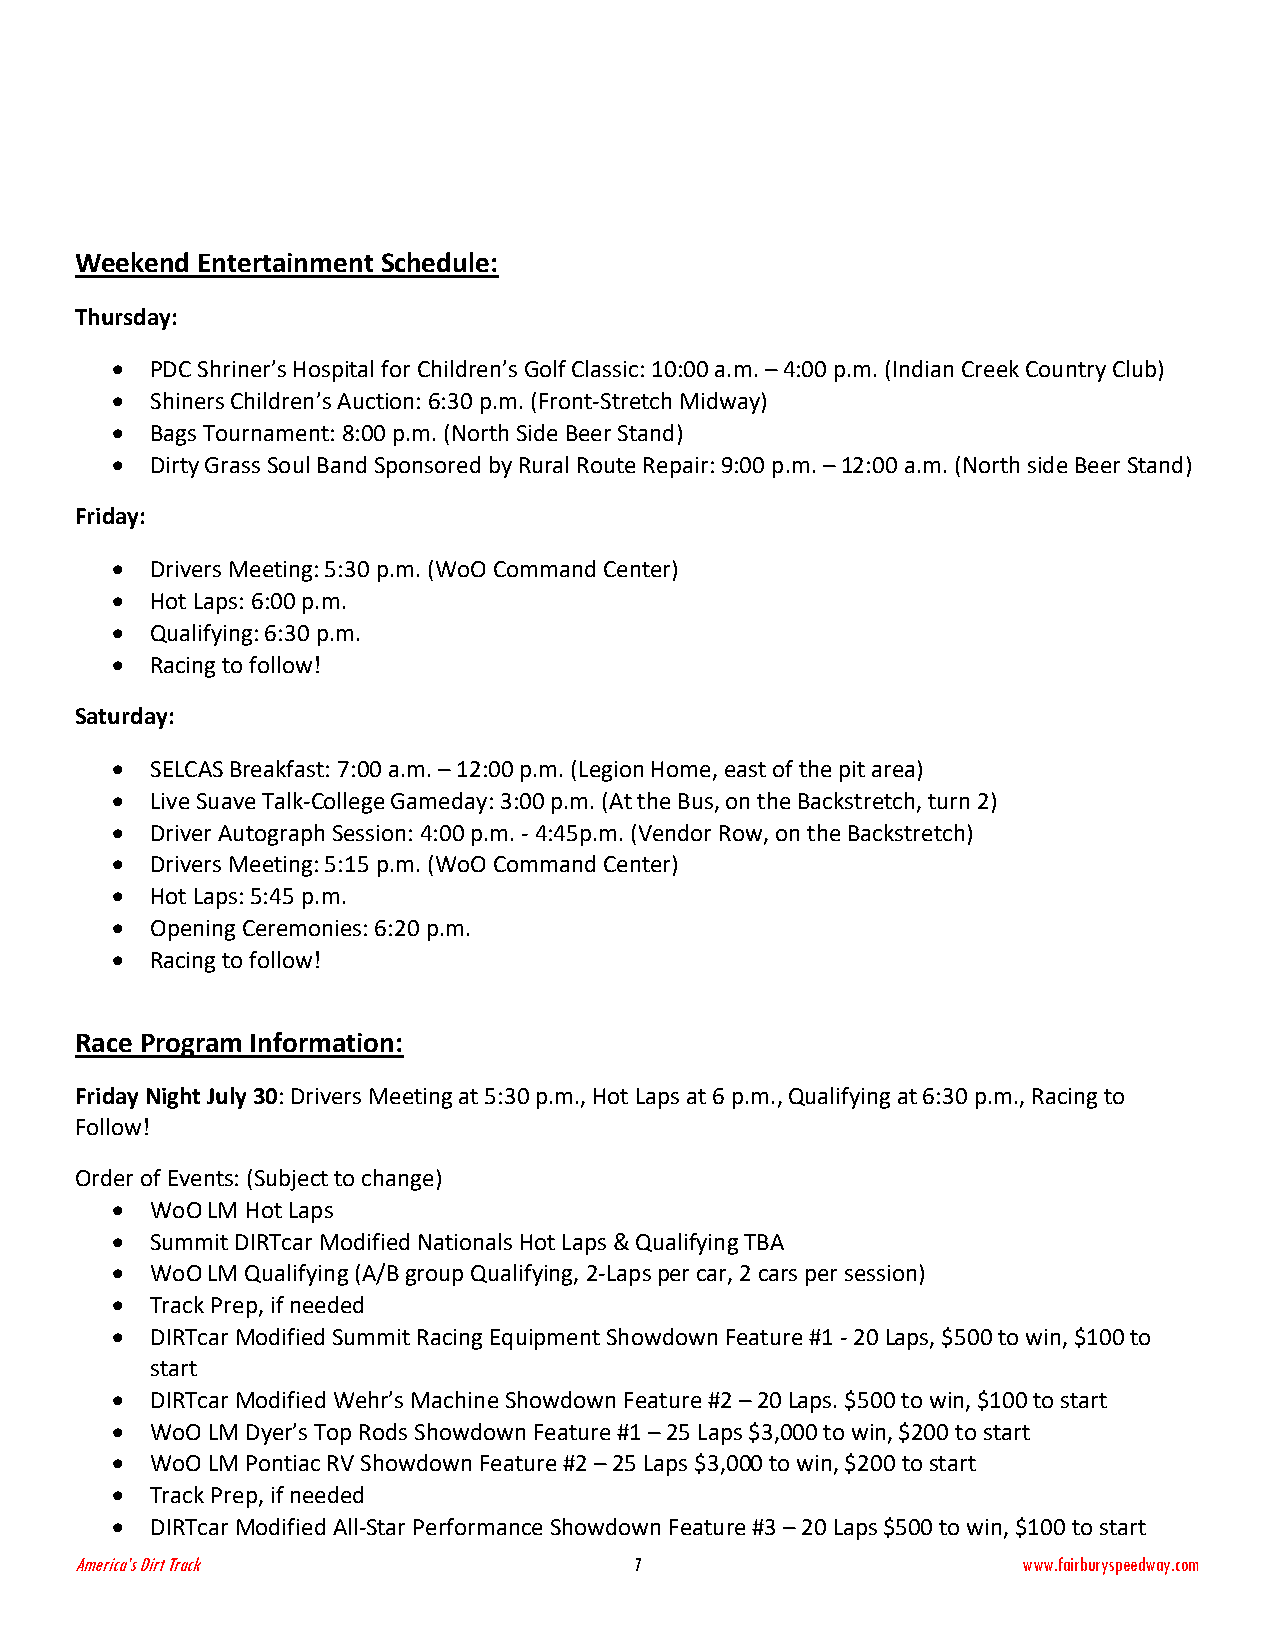
Weekend Entertainment Schedule:
 Thursday:
 •  PDC Shriner’s Hospital for Children’s Golf Classic: 10:00 a.m. – 4:00 p.m. (Indian Creek Country Club)
 •  Shiners Children’s Auction: 6:30 p.m. (Front-Stretch Midway)
 •  Bags Tournament: 8:00 p.m. (North Side Beer Stand)
 •  Dirty Grass Soul Band Sponsored by Rural Route Repair: 9:00 p.m. – 12:00 a.m. (North side Beer Stand)
 Friday:
 •  Drivers Meeting: 5:30 p.m. (WoO Command Center)
 •  Hot Laps: 6:00 p.m.
 •  Qualifying: 6:30 p.m.
 •  Racing to follow!
 Saturday:
 •  SELCAS Breakfast: 7:00 a.m. – 12:00 p.m. (Legion Home, east of the pit area)
 •  Live Suave Talk-College Gameday: 3:00 p.m. (At the Bus, on the Backstretch, turn 2)
 •  Driver Autograph Session: 4:00 p.m. - 4:45p.m. (Vendor Row, on the Backstretch)
 •  Drivers Meeting: 5:15 p.m. (WoO Command Center)
 •  Hot Laps: 5:45 p.m.
 •  Opening Ceremonies: 6:20 p.m.
 •  Racing to follow!
 Race Program Information:
 Friday Night July 30: Drivers Meeting at 5:30 p.m., Hot Laps at 6 p.m., Qualifying at 6:30 p.m., Racing to
 Follow!
 Order of Events: (Subject to change)
 •  WoO LM Hot Laps
 •  Summit DIRTcar Modified Nationals Hot Laps & Qualifying TBA
 •  WoO LM Qualifying (A/B group Qualifying, 2-Laps per car, 2 cars per session)
 •  Track Prep, if needed
 •  DIRTcar Modified Summit Racing Equipment Showdown Feature #1 - 20 Laps, $500 to win, $100 to
 start
 •  DIRTcar Modified Wehr’s Machine Showdown Feature #2 – 20 Laps. $500 to win, $100 to start
 •  WoO LM Dyer’s Top Rods Showdown Feature #1 – 25 Laps $3,000 to win, $200 to start
 •  WoO LM Pontiac RV Showdown Feature #2 – 25 Laps $3,000 to win, $200 to start
 •  Track Prep, if needed
 •  DIRTcar Modified All-Star Performance Showdown Feature #3 – 20 Laps $500 to win, $100 to start
 America’s Dirt Track                 7                         www.fairburyspeedway.com